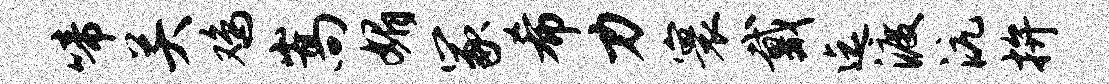
啼关鸡嵩媚冢希力寰戴迄渡沆拚